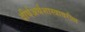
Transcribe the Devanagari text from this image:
दीर्घअर्थशास्त्रावरील